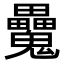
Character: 𩴻